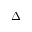
\Delta